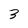
Character: 3